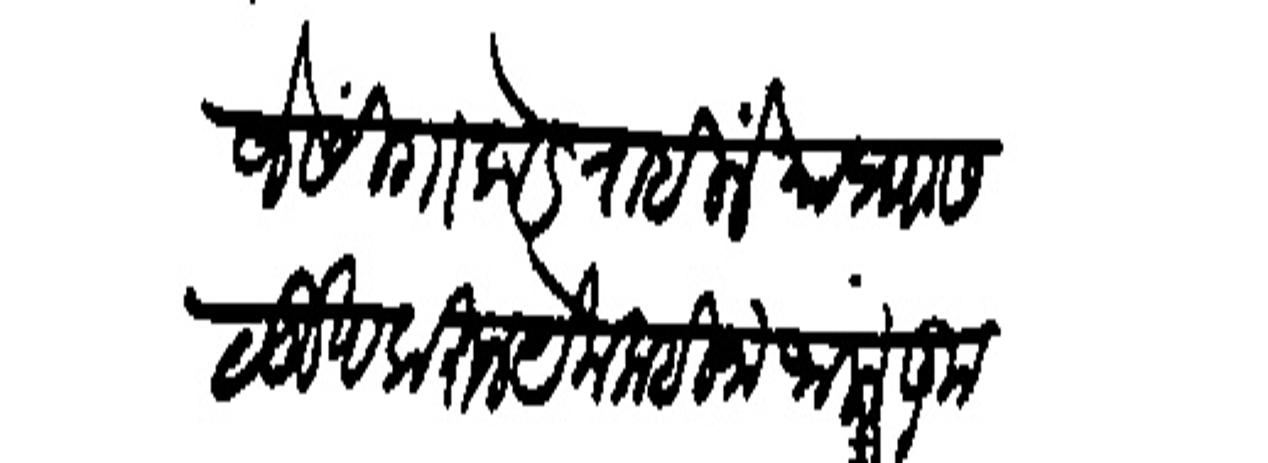
Transliteration (Devanagari): बिजेसिगाकडे राहिलें या प्राा सळूख करून येक महिना जाला कूच